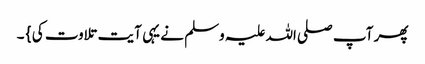
پھر آپ صلی اللہ علیہ وسلم نے یہی آیت تلاوت کی } ۔